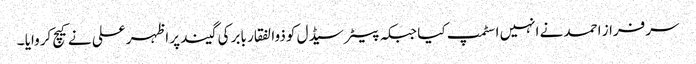
سرفراز احمد نے انہیں اسٹمپ کیا جبکہ پیٹر سیڈل کو ذوالفقار بابر کی گیند پر اظہر علی نے کیچ کروایا ۔